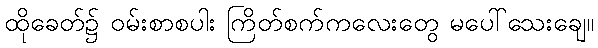
ထိုခေတ်၌ ဝမ်းစာစပါး ကြိတ်စက်ကလေးတွေ မပေါ်သေးချေ။